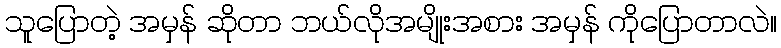
သူပြောတဲ့ အမှန် ဆိုတာ ဘယ်လိုအမျိုးအစား အမှန် ကိုပြောတာလဲ။